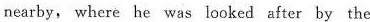
nearby, where he was looked after by the